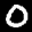
Label: 0